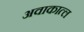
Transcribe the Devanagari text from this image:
अवाकात्ल